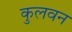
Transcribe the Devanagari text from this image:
कुलवन